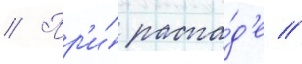
// Пр'и́ распа́д'е //